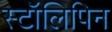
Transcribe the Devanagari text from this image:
स्टॉलिपिन